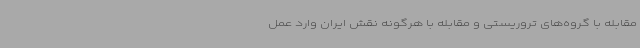
مقابله با گروه‌های تروریستی و مقابله با هرگونه نقش ایران وارد عمل